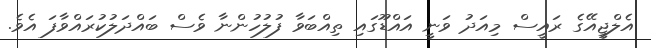
އެލްޖީއޭގެ ރައީސް މިއަދު ވަނީ އައްޑޫގައި ތިއްބަވާ ފުލުހުންނާ ވެސް ބައްދަލުކުރައްވާފަ އެވެ.